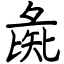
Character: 彘